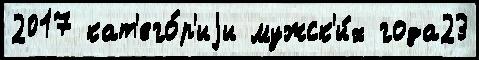
2017 кат'его́р'иjи мужск'и́х года23